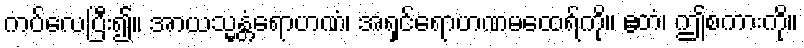
ကပ်လေပြီး၍။ အာယသ္မန္တံရောဟဏံ၊ အရှင်ရောဟဏမထေရ်ကို။ ဧတံ၊ ဤစကားကို။